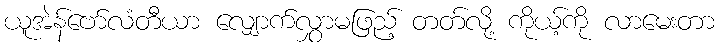
ယူအဲန်ဗော်လံတီယာ လျှောက်လွှာမဖြည့် တတ်လို့ ကိုယ့်ကို လာမေးတာ